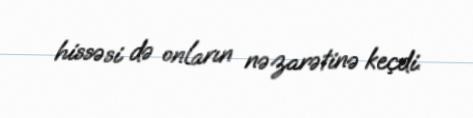
hissəsi də onların nəzarətinə keçdi.